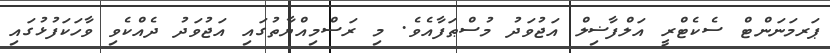
ޕަރމަނަންޓް ސެކެޓްރީ އަލްފާޟިލް އަޖުވަދު މުސްޠަފާއެވެ. މި ރަސްމިއްޔާތުގައި އަޖުވަދު ދެއްކެވި ވާހަކަފުޅުގައި